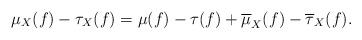
LaTeX: \begin{align*}\mu_X(f)-\tau_X(f)=\mu(f)-\tau(f)+\overline{\mu}_X(f)-\overline{\tau}_X(f).\end{align*}